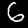
Digit: 6